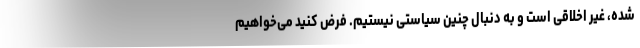
شده، غیر اخلاقی است و به دنبال چنین سیاستی نیستیم. فرض کنید می‌خواهیم